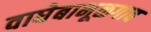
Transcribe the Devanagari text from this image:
वाघेबाभूळगाव